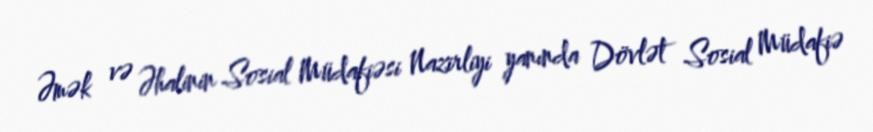
Əmək və Əhalinin Sosial Müdafiəsi Nazirliyi yanında Dövlət Sosial Müdafiə